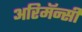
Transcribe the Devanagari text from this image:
अरिमॅन्सी